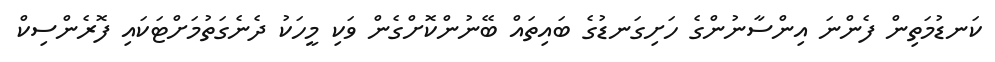
ކަނޑުމަތިން ފެންނަ އިންސާނުންގެ ހަށިގަނޑުގެ ބައިތައް ބޭނުންކޮށްގެން ވަކި މީހަކު ދެނެގަތުމަށްޓަކައި ފޮރެންސިކް